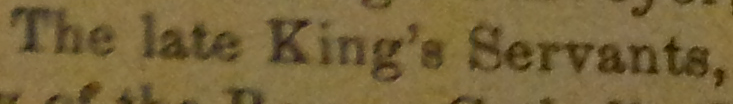
The late King's Servants.